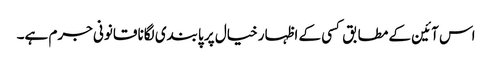
اس آئین کے مطابق کسی کے اظہار خیال پر پابندی لگانا قانونی جرم ہے۔